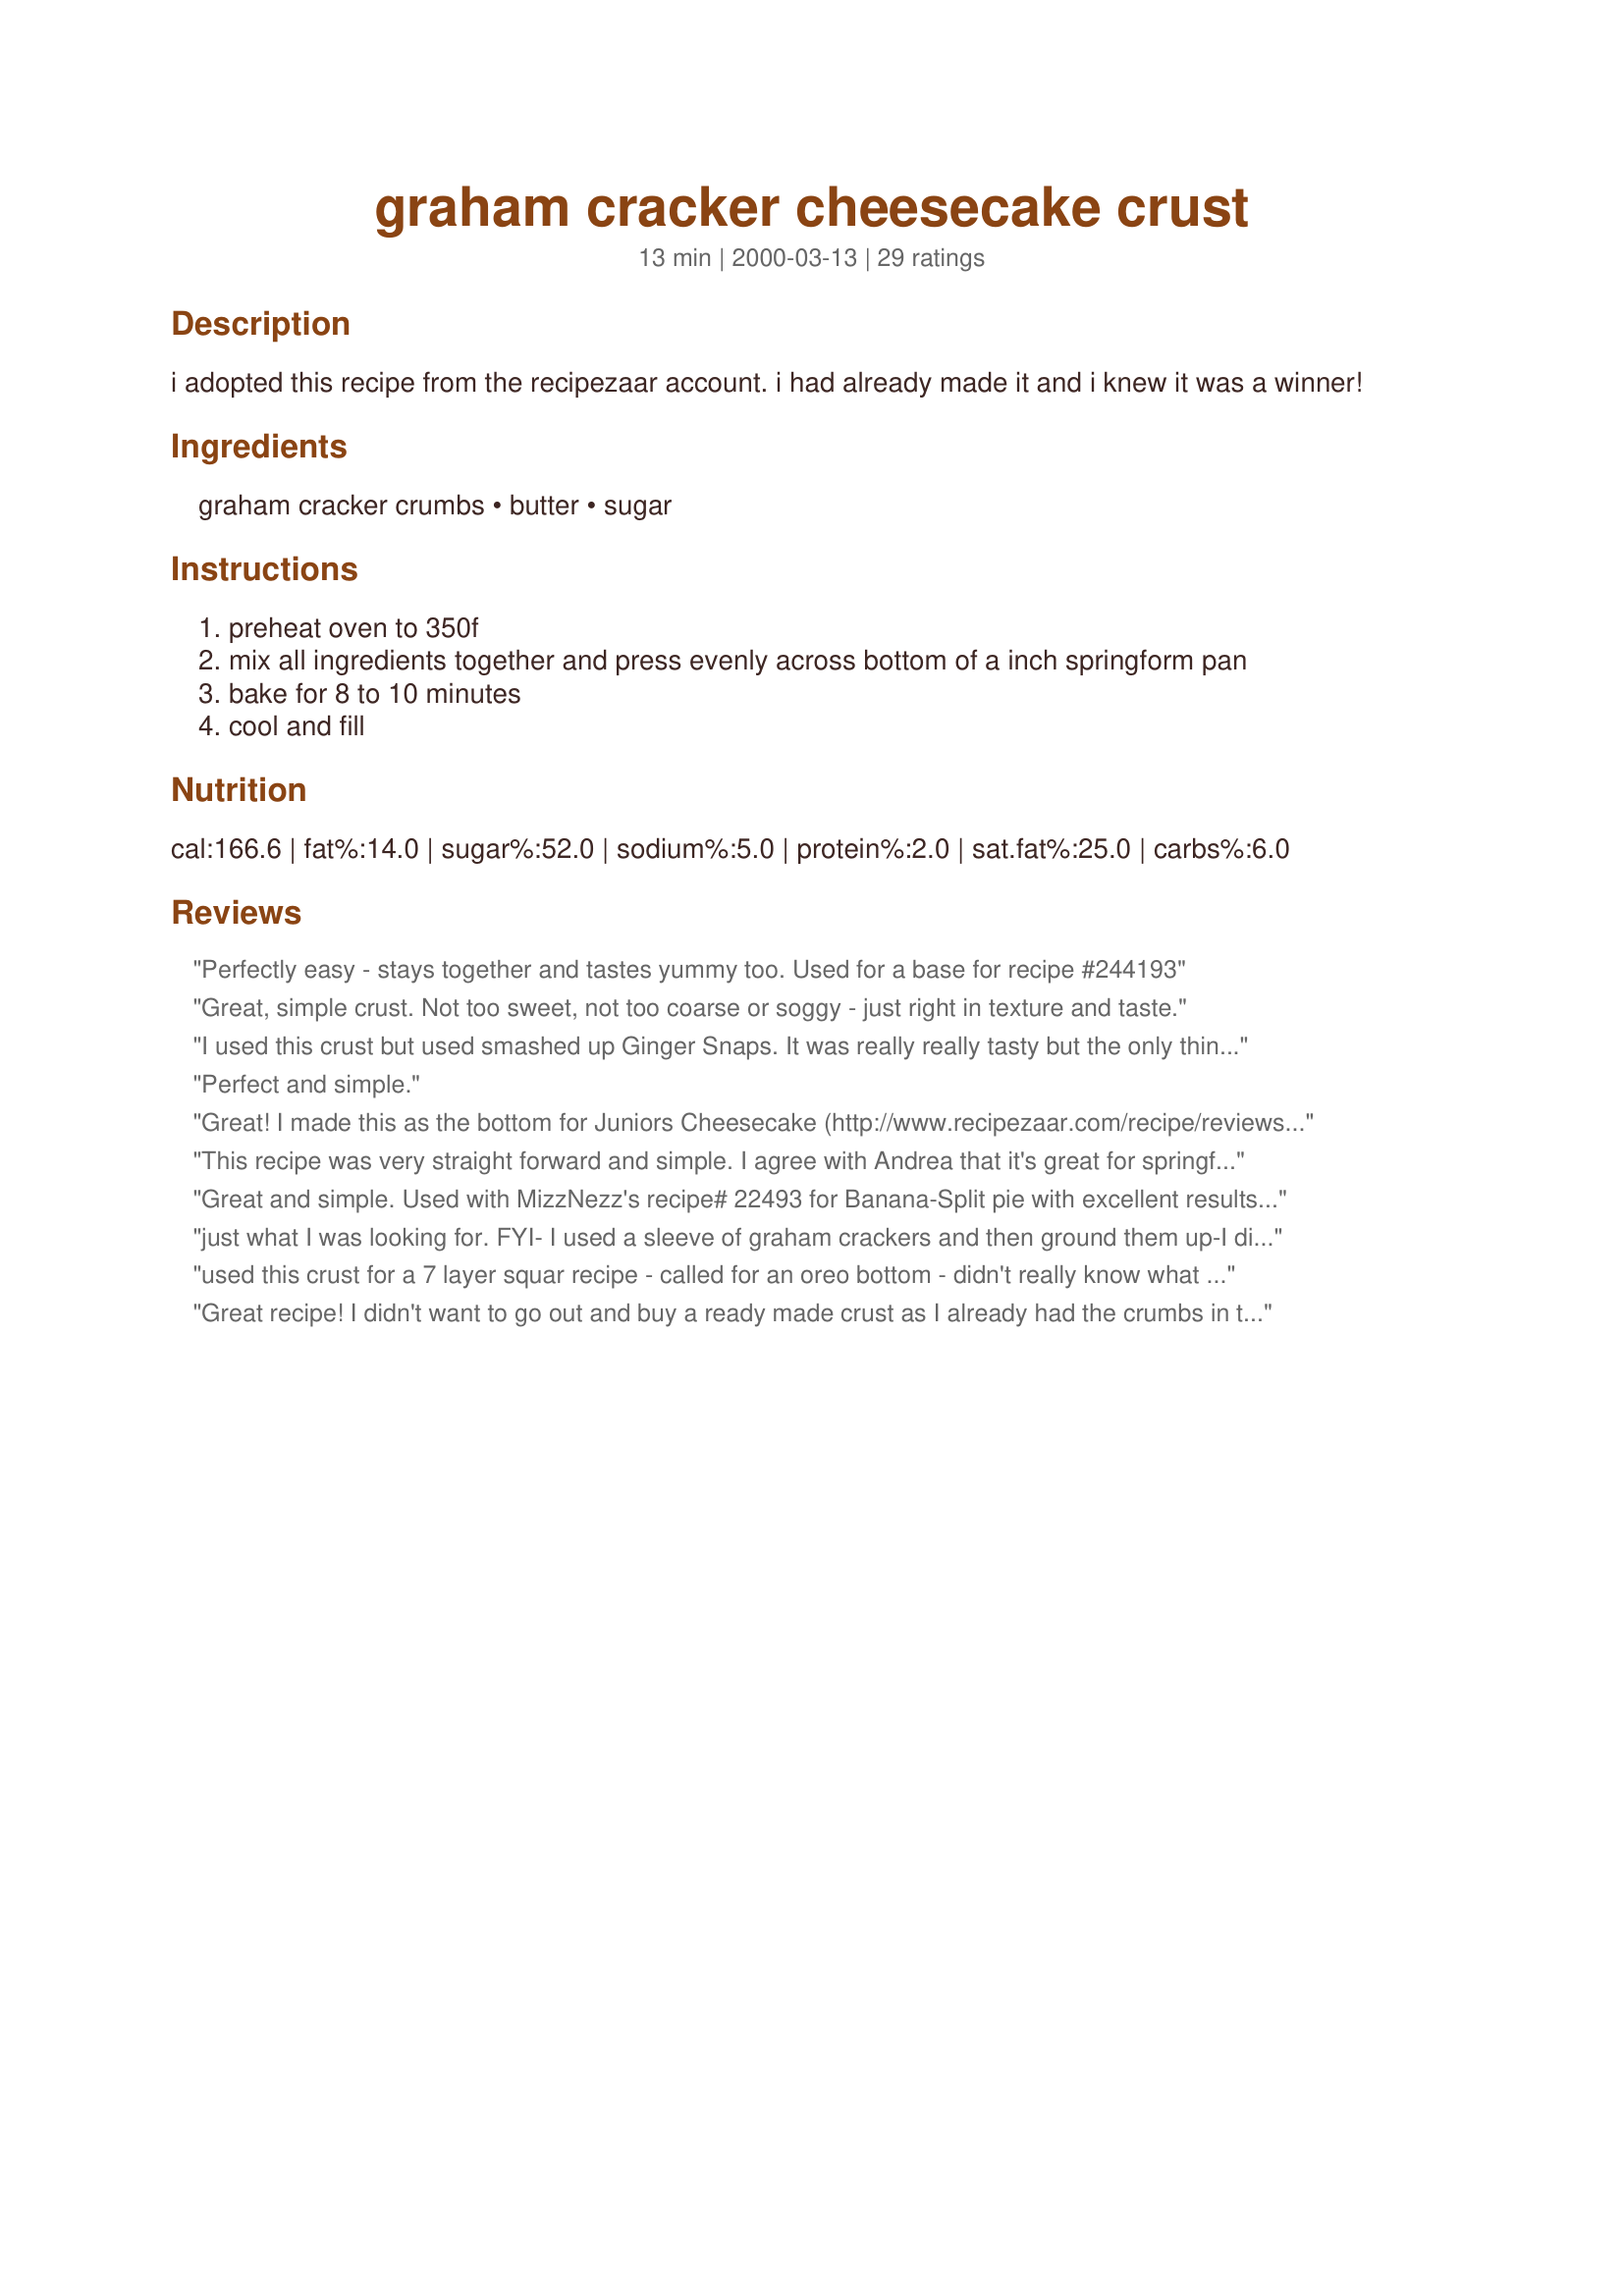
graham cracker cheesecake crust
Preparation time: 13 minutes

i adopted this recipe from the recipezaar account. i had already made it and i knew it was a winner!

Ingredients:
graham cracker crumbs, butter, sugar

Steps:
preheat oven to 350f
mix all ingredients together and press evenly across bottom of a inch springform pan
bake for 8 to 10 minutes
cool and fill

Reviews:
Perfectly easy - stays together and tastes yummy too. Used for a base for recipe #244193
Great, simple crust. Not too sweet, not too coarse or soggy - just right in texture and taste.
I used this crust but used smashed up Ginger Snaps. It was really really tasty but the only thing that bothered me was that the crust stuck really bad to the pie plate. I guess I should have sprayed it with cooking spray first. Will try again. Nice and easy though.
Perfect and simple.
Great! I made this as the bottom for Juniors Cheesecake (http://www.recipezaar.com/recipe/reviews.php?rid=17927) instead of the spongecake crust. Perfect!
I only have to cook it for 8 minutes or it gets a bit scorched, btw.
This recipe was very straight forward and simple. I agree with Andrea that it's great for springform pans. Cooks up in a jiff and balances the crumbs and sugar great without being too sweet. Thanks for posting!
Great and simple. Used with MizzNezz's recipe# 22493 for Banana-Split pie with excellent results. Thanks so much for posting!
just what I was looking for. FYI- I used a sleeve of graham crackers and then ground them up-I didn't have pre-ground ones to measure. It was exactly the right amount.
used this crust for a 7 layer squar recipe - called for an oreo bottom - didn't really know what that was so I used this - worked out well.
Great recipe! I didn't want to go out and buy a ready made crust as I already had the crumbs in the house. I liked that this made a nice high crust. I made 2 of these crusts for my mother's day dessert. I used one for No bake white chocolate cheesecake recipe#56560 and the other for Lime Yogurt pie recipe#87484. I will be sure to make this again and again. Thanks!
It is key to have a pie crust recipe,and this is it.SO easy,and just perfect! A+ Thanks a bunch for posting this! 8)
I cannot believe that I forgot how to make a graham cracker crust! I was making my Pumpkin Charlotte (recipe65267), and couldn't find ladyfingers anywhere....so I bought ginger cookies....but then couldn't remember how to make a graham cracker crust.
Being an Aussie we don't have Graham Crackers, so I used a plain sweet biscuit and had great results. I used this with "Recipe #41575" and the pie was absolutely delicious.
Terrific...who would expect a 13-year old to notice the crust on something - but she did! Will never do store-bought again!
Excellent, easy and comes out nice. I made my own crumbs.. don't use unsalted butter, makes it a bit bland. Another great pantry item .. use with #8180
Seet, simple, and good. What more can I say?
Loved this!!! I used Splenda for the sugar and it was wonderful.
All I can say is excellent, it was a great crust for my husbands Cherry Cheesecake (Recipe #261723)!!! We usually just buy the store bought graham cracker crust. We will be using this one again. Thanks for posting!!!
Easy and worked great for a 10 inch pie plate in glass. There are no graham crackers here, so I crushed up speculoos, a kind of ginger cookie. Really good, will do it again. Make sure to get your crumbs as fine as possible though.
Great crust recipe! Why buy from the store when you can make better and thicker at home? I used this for <a href="/8201">Delicious Key Lime Pie</a>. Will definately keep this one on hand for those recipes that call for graham cracker crust.
Used this with Mirj's easy delectable nutella cheesecake #63143- match made in heaven. This is the best crust- got rave reviews. This is a keeper- thanks so much!
Yummy with Key Lime pie!
Very good! I used this crust for a cheesecake and it came out perfect. The curst is very sweet, a little crispy and held up well. I will use this recipe again.
Its great for any type of pie. I would use a 9 inch pie pan.
This is makes a great springform pan crust. I've used graham crackers crumbs as well as gingersnaps crumbs.
Wonderful and super easy. Used boxed graham cracker crumbs. I added just a dash of cinnamon to the mixture before baking for some interest. I will bake it a little longer than the 10 minutes next time, as I found mine just a little soggy. Used as base for Absolutely the Best New York Cheesecake (By Bird). Thank you for posting!
This makes a great crust! Sweet and a tiny bit crunchy. I used whole graham crackers that I crumbed using my blender. I'm using it for a jello and cool whip pie in a 9 inch shell. Thanks!
I have to join the club, Great Crust! I sometimes add a table spoon of cinnamon. Thanks foodmama
This was great. I used it to made a 9 in pie crust and I will defenitlely use it again. I added a little cinnamon too.
